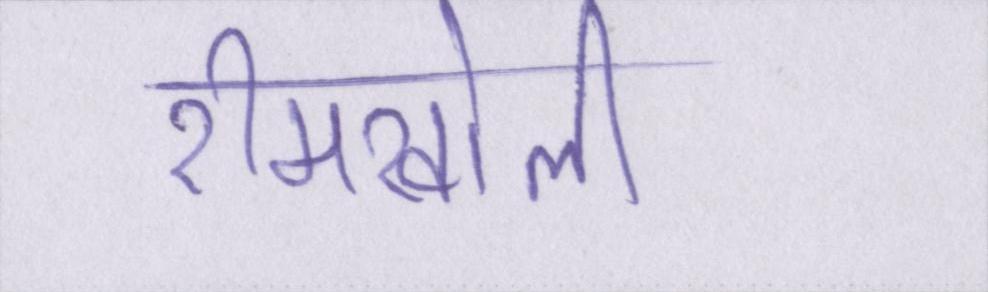
रीमखोली